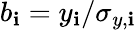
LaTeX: b_{\mathbf{i}}=y_{\mathbf{i}}/\sigma_{y,\mathbf{i}}